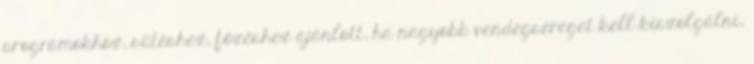
programokhoz, sütéshez, főzéshez ajánlott, ha nagyobb vendégsereget kell kiszolgálni,